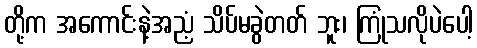
တို့က အကောင်းနဲ့အညံ့ သိပ်မခွဲတတ် ဘူး၊ ကြုံသလိုပဲပေါ့